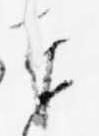
奉